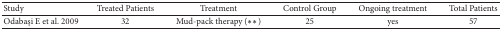
<table><thead><tr><td><b>Study</b></td><td><b>Treated Patients</b></td><td><b>Treatment</b></td><td><b>Control Group</b></td><td><b>Ongoing treatment</b></td><td><b> Total Patients</b></td></tr></thead><tbody><tr><td>Odabaşi E et al. 2009</td><td> 32</td><td> Mud-pack therapy (<i>∗∗</i>)</td><td>25</td><td>yes</td><td>57</td></tr></tbody></table>